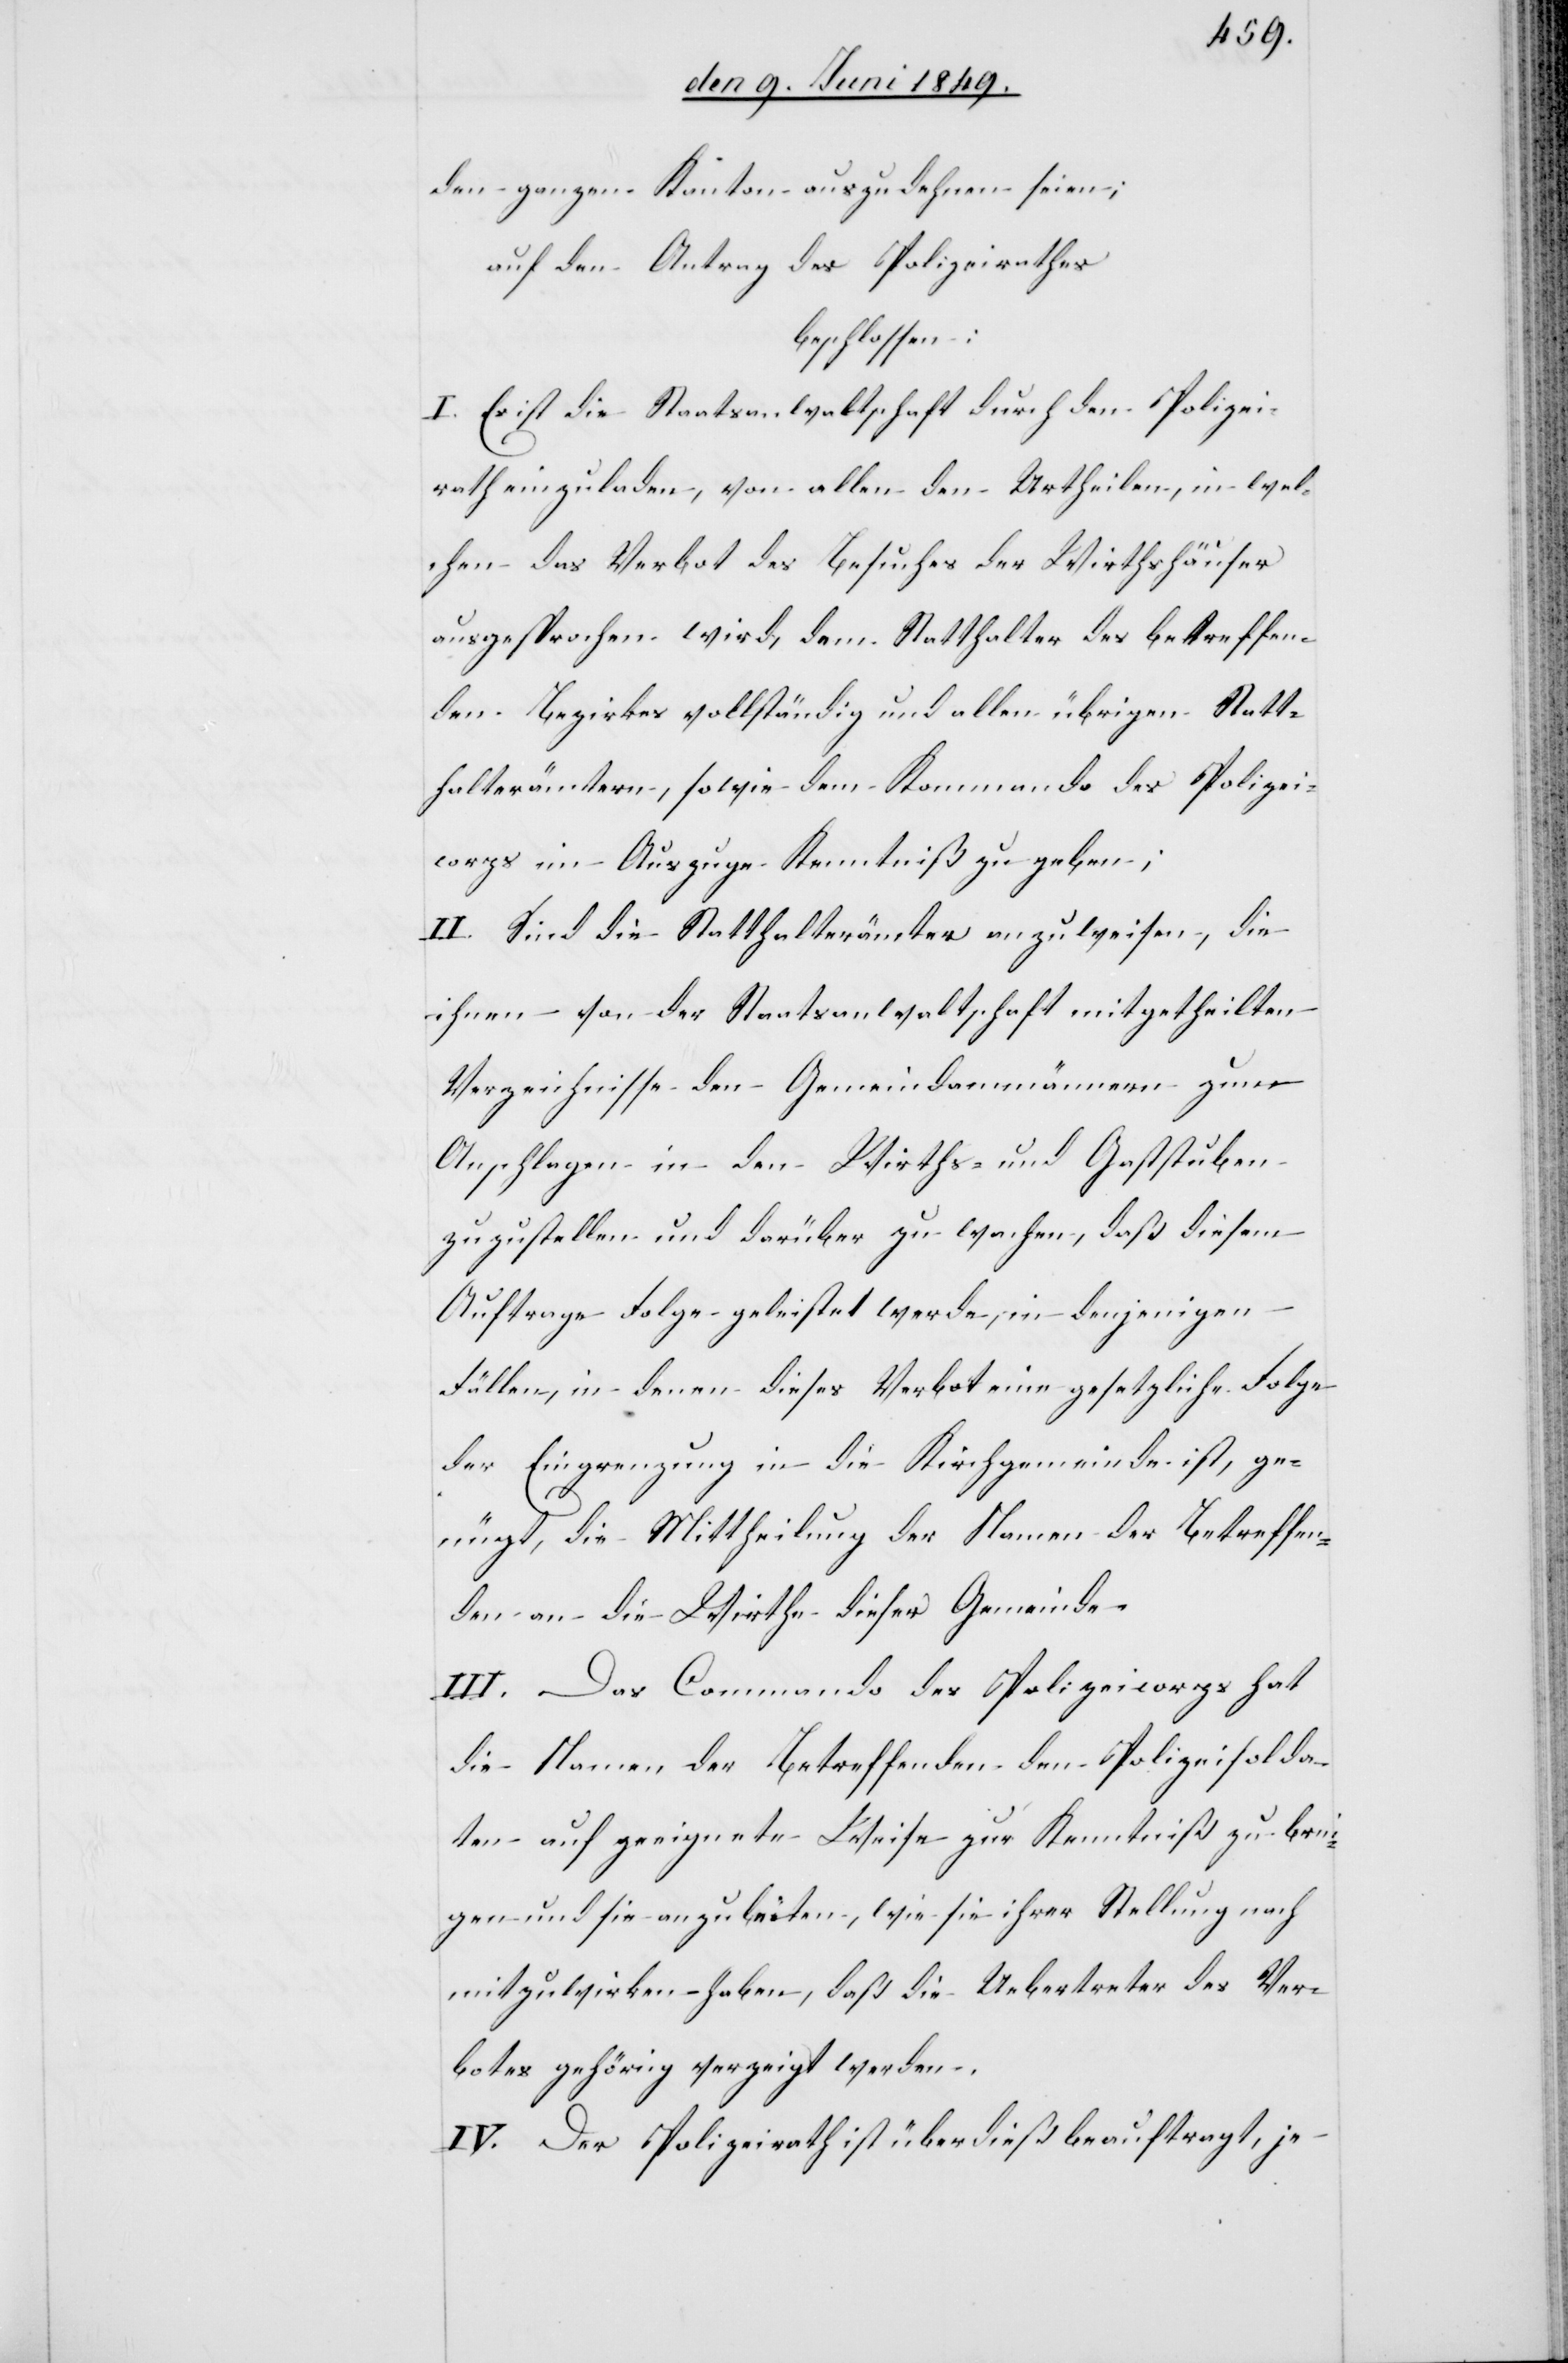
den ganzen Kanton auszudehnen seien;
auf den Antrag des Polizeirathes
beschlossen:
I. Es ist die Staatsanwaltschaft durch den Polizei¬
rath einzuladen, von allen den Urtheilen, in wel¬
chen das Verbot des Besuches der Wirthshäuser
ausgesprochen wird, dem Statthalter des betreffen¬
den Bezirkes vollständig und allen übrigen Statt¬
halterämtern, sowie dem Kommando des Polizei¬
corps im Auszuge Kenntniß zu geben;
II. Sind die Statthalterämter anzuweisen, die
ihnen von der Staatsanwaltschaft mitgetheilten
Verzeichnisse den Gemeindammännern zum
Anschlagen in den Wirths- und Gaststuben
zuzustellen und darüber zu wachen, daß diesem
Auftrage Folge geleistet werde, in denjenigen
Fällen, in denen dieses Verbot eine gesetzliche Folge
der Eingrenzung in die Kirchgemeinde ist, ge¬
nügt, die Mittheilung der Namen der Betreffen¬
den an die Wirthe dieser Gemeinde.
III. Das Commando des Polizeicorps hat
die Namen der Betreffenden dem Polizeisolda¬
ten auf geeignete Weise zur Kenntniß zu brin¬
gen und sie anzubieten, wie sie ihrer Stellung nach
mitzuwirken haben, daß die Uebertreter des Ver¬
botes gehörig verzeigt werden.
IV. Der Polizeirath ist überdieß beauftragt, je-